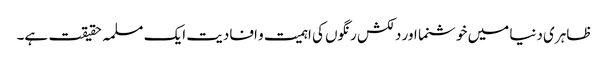
ظاہری دنیا میں خوشنما اور دلکش رنگوں کی اہمیت و افادیت ایک مسلمہ حقیقت ہے۔